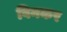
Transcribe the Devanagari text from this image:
बिनकर